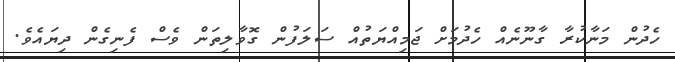
ހެދުން މަނާކުރާ ގާނޫނެއް ހެދުމަށް ޖަމިއްޔަތުއް ސަލަފުން ގޮވާލިތަން ވެސް ފެނިގެން ދިޔައެވެ.